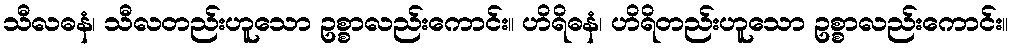
သီလဓနံ၊ သီလတည်းဟူသော ဥစ္စာလည်းကောင်း။ ဟိရိဓနံ၊ ဟိရိတည်းဟူသော ဥစ္စာလည်းကောင်း။